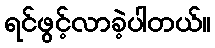
ရင်ဖွင့်လာခဲ့ပါတယ်။